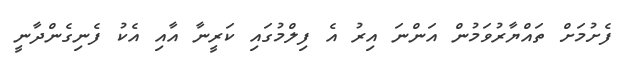
ފެށުމަށް ތައްޔާރުވަމުން އަންނަ އިރު އެ ފިލްމުގައި ކަރީނާ އާއި އެކު ފެނިގެންދާނީ